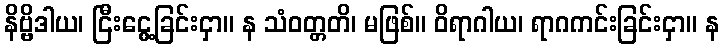
နိဗ္ဗိဒါယ၊ ငြီးငွေ့ခြင်းငှာ။ န သံဝတ္တတိ၊ မဖြစ်။ ဝိရာဂါယ၊ ရာဂကင်းခြင်းငှာ။ န